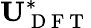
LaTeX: \mathbf{U}_{\mathrm{~D~F~T~}}^{*}